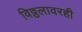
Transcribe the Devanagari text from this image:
विठ्ठलावरही